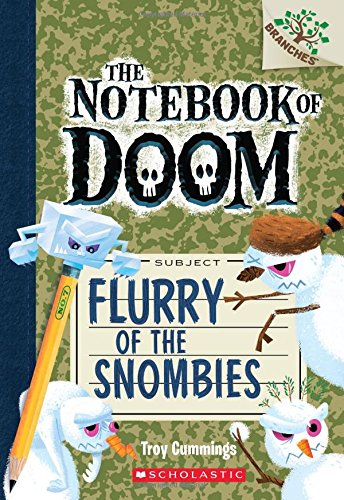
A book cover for The Notebook of Doom #7: Flurry of the Snombies (A Branches Book); Troy Cummings; Children's Books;